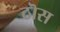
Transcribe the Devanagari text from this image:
ठॊस